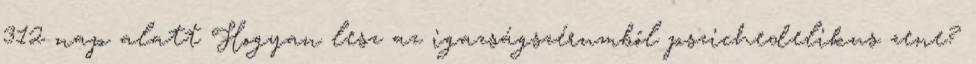
312 nap alatt Hogyan lesz az igazságszérumból pszichedelikus zene?